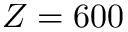
Z = 6 0 0